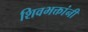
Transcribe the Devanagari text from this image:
शिवभक्तांनी